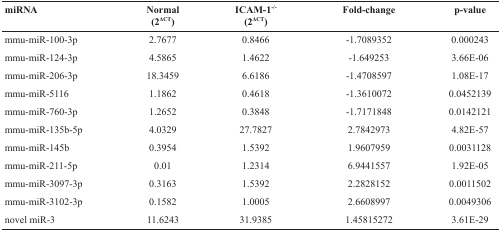
| miRNA | Normal (2ΔCT) | ICAM-1-/- (2ΔCT) | Fold-change | p-value |
 | --- | --- | --- | --- | --- |
 | mmu-miR-100-3p | 2.7677 | 0.8466 | -1.7089352 | 0.000243 |
 | mmu-miR-124-3p | 4.5865 | 1.4622 | -1.649253 | 3.66E-06 |
 | mmu-miR-206-3p | 18.3459 | 6.6186 | -1.4708597 | 1.08E-17 |
 | mmu-miR-5116 | 1.1862 | 0.4618 | -1.3610072 | 0.0452139 |
 | mmu-miR-760-3p | 1.2652 | 0.3848 | -1.7171848 | 0.0142121 |
 | mmu-miR-135b-5p | 4.0329 | 27.7827 | 2.7842973 | 4.82E-57 |
 | mmu-miR-145b | 0.3954 | 1.5392 | 1.9607959 | 0.0031128 |
 | mmu-miR-211-5p | 0.01 | 1.2314 | 6.9441557 | 1.92E-05 |
 | mmu-miR-3097-3p | 0.3163 | 1.5392 | 2.2828152 | 0.0011502 |
 | mmu-miR-3102-3p | 0.1582 | 1.0005 | 2.6608997 | 0.0049306 |
 | novel miR-3 | 11.6243 | 31.9385 | 1.45815272 | 3.61E-29 |